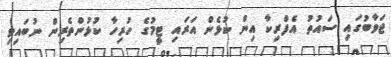
ޖަވާބުގައި ސައުތު އެފްރިކާ އިން ކުޅެން އަރައި ޓީމުގެ ހުރިހާ ކުޅުންތެރިން ނުބައިވި